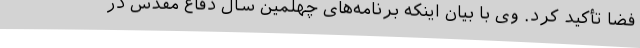
فضا تأکید کرد. وی با بیان اینکه برنامه‌های چهلمین سال دفاع مقدس در